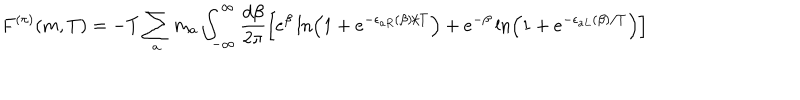
LaTeX: F ^ { ( \pi ) } ( m , T ) = - T \sum _ { a } m _ { a } \int _ { - \infty } ^ { \infty } \frac { d \beta } { 2 \pi } \left[ e ^ { \beta } \ln \left( 1 + e ^ { - \epsilon _ { a R } ( \beta ) / T } \right) + e ^ { - \beta } \ln \left( 1 + e ^ { - \epsilon _ { a L } ( \beta ) / T } \right) \right]